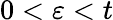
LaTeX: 0<\varepsilon<t